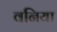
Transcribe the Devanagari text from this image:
वनिया